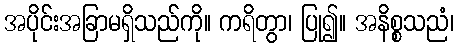
အပိုင်းအခြာမရှိသည်ကို။ ကရိတွာ၊ ပြု၍။ အနိစ္စသညံ၊